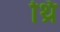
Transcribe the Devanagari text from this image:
थ्रि